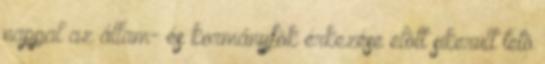
nappal az állam- és kormányfõk érkezése elõtt sikerült tetõ